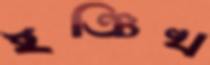
ইঞ্চিখ